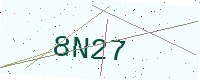
Text: 8N27